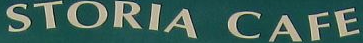
STORIA CAFE